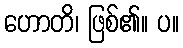
ဟောတိ၊ ဖြစ်၏။ ပ။